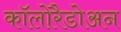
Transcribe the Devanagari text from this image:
कॉलोरैडोअन